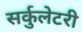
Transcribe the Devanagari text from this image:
सर्कुलेटरी